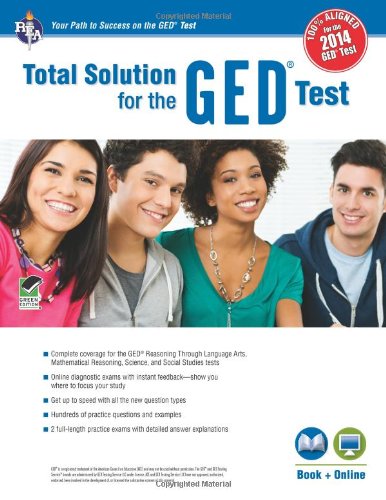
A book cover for GEDÂ®Test, REA's Total Solution For the 2014 GEDÂ® Test (GEDÂ® & TABE Test Preparation); Laurie Callihan; Test Preparation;